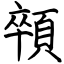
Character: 顇